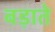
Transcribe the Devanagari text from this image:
बड़ाते